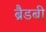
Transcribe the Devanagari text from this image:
ब्रैडबी